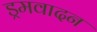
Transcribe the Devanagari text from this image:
ड्रमवादन